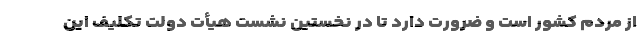
از مردم کشور است و ضرورت دارد تا در نخستین نشست هیأت دولت تکلیف این